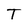
Character: T